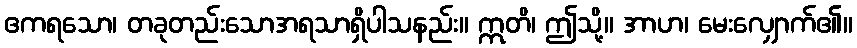
ဧကရသော၊ တခုတည်းသောအရသာရှိပါသနည်း။ ဣတိ၊ ဤသို့။ အာဟ၊ မေးလျှောက်၏။